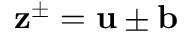
{ \bf z } ^ { \pm } = { \bf u } \pm { \bf b }